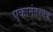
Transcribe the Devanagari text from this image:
एकानंतरएक